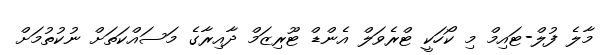
މާލެ ފުލް-ޓައިމް މި ކޯހަކީ ޓްރެވަލް އެންޑް ޓޫރިޒަމް ދާއިރާގެ މަސައްކަތަށް ނުކުތުމަށް